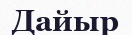
Дайыр